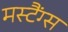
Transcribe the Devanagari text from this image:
मस्टैंग्स